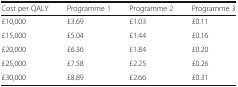
<table><thead><tr><td><b>Cost per QALY</b></td><td><b>Programme 1</b></td><td><b>Programme 2</b></td><td><b>Programme 3</b></td></tr></thead><tbody><tr><td>£10,000</td><td>£3.69</td><td>£1.03</td><td>£0.11</td></tr><tr><td>£15,000</td><td>£5.04</td><td>£1.44</td><td>£0.16</td></tr><tr><td>£20,000</td><td>£6.36</td><td>£1.84</td><td>£0.20</td></tr><tr><td>£25,000</td><td>£7.58</td><td>£2.25</td><td>£0.26</td></tr><tr><td>£30,000</td><td>£8.89</td><td>£2.66</td><td>£0.31</td></tr></tbody></table>